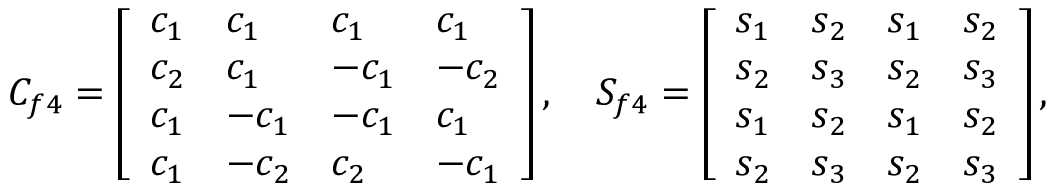
C _ { f 4 } = \left[ \begin{array} { l l l l } { c _ { 1 } } & { c _ { 1 } } & { c _ { 1 } } & { c _ { 1 } } \\ { c _ { 2 } } & { c _ { 1 } } & { - c _ { 1 } } & { - c _ { 2 } } \\ { c _ { 1 } } & { - c _ { 1 } } & { - c _ { 1 } } & { c _ { 1 } } \\ { c _ { 1 } } & { - c _ { 2 } } & { c _ { 2 } } & { - c _ { 1 } } \end{array} \right] , \quad S _ { f 4 } = \left[ \begin{array} { l l l l } { s _ { 1 } } & { s _ { 2 } } & { s _ { 1 } } & { s _ { 2 } } \\ { s _ { 2 } } & { s _ { 3 } } & { s _ { 2 } } & { s _ { 3 } } \\ { s _ { 1 } } & { s _ { 2 } } & { s _ { 1 } } & { s _ { 2 } } \\ { s _ { 2 } } & { s _ { 3 } } & { s _ { 2 } } & { s _ { 3 } } \end{array} \right] ,